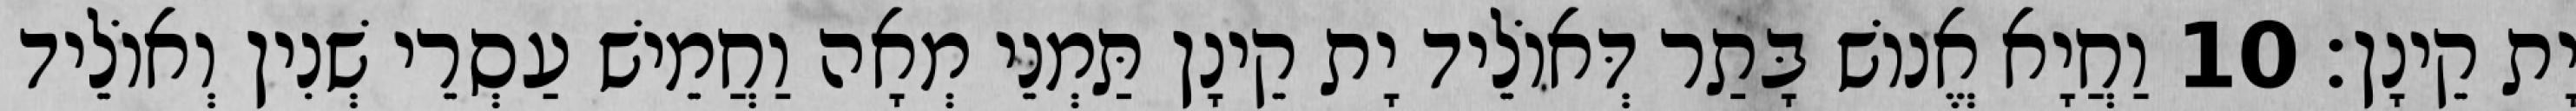
יָת קֵינָן׃ 10 וַחֲיָא אֱנוֹשׁ בָּתַר דְּאוֹלֵיד יָת קֵינָן תַּמְנֵי מְאָה וַחֲמֵישׁ עַסְרֵי שְׁנִין וְאוֹלֵיד